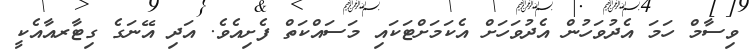
ވިސާމް ހަމަ އެދުވަހުން އެދުވަހަށް އެކަމަށްޓަކައި މަސައްކަތް ފެށިއެވެ. އަދި އޭނަގެ ގިޓާރއާއެކީ